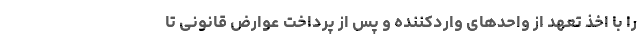
را با اخذ تعهد از واحد‌های واردکننده و پس از پرداخت عوارض قانونی تا